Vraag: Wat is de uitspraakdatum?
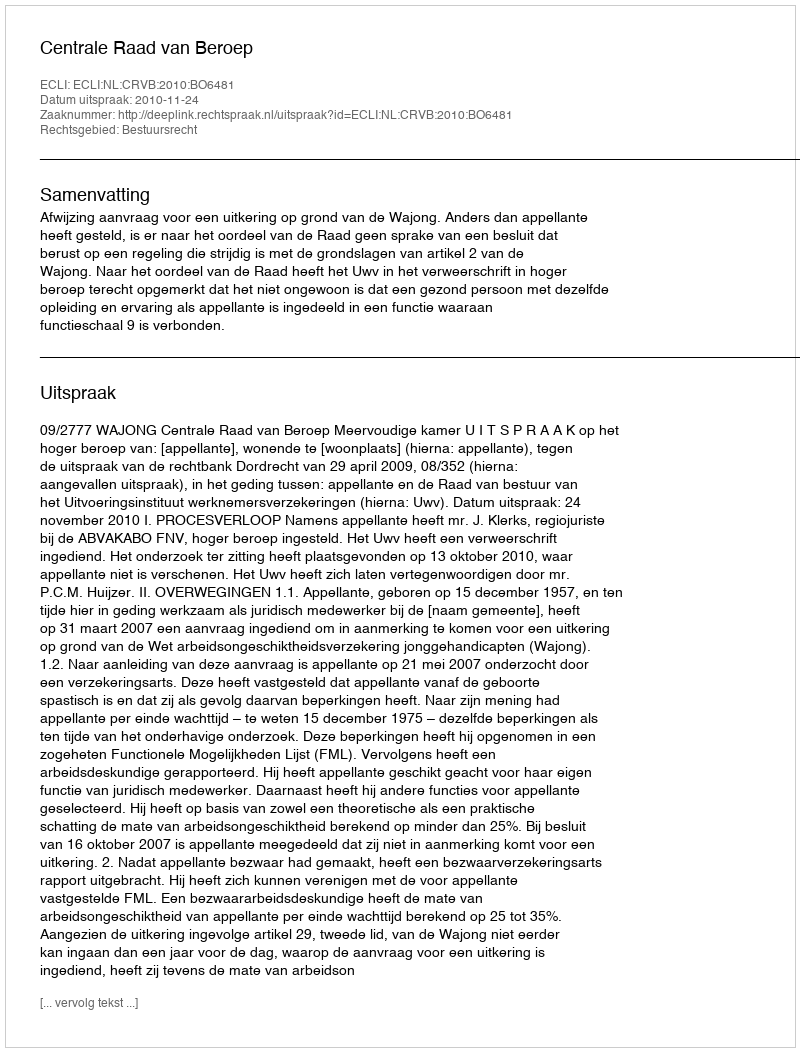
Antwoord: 2010-11-24